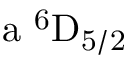
\mathrm { a \ ^ { 6 } D _ { 5 / 2 } }